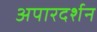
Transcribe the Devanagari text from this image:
अपारदर्शन